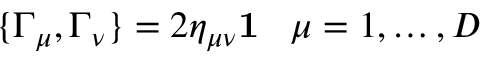
\{ \Gamma _ { \mu } , \Gamma _ { \nu } \} = 2 \eta _ { \mu \nu } { \bf 1 } \; \; \; \mu = 1 , \ldots , D